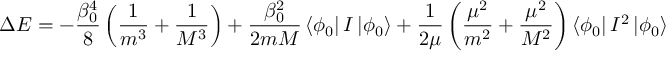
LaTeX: \Delta E = - \frac { \beta _ { 0 } ^ { 4 } } 8 \left( \frac 1 { m ^ { 3 } } + \frac 1 { M ^ { 3 } } \right) + \frac { \beta _ { 0 } ^ { 2 } } { 2 m M } \left< \phi _ { 0 } \right| I \left| \phi _ { 0 } \right> + \frac 1 { 2 \mu } \left( \frac { \mu ^ { 2 } } { m ^ { 2 } } + \frac { \mu ^ { 2 } } { M ^ { 2 } } \right) \left< \phi _ { 0 } \right| I ^ { 2 } \left| \phi _ { 0 } \right>